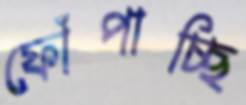
ফোঁপাচ্ছি